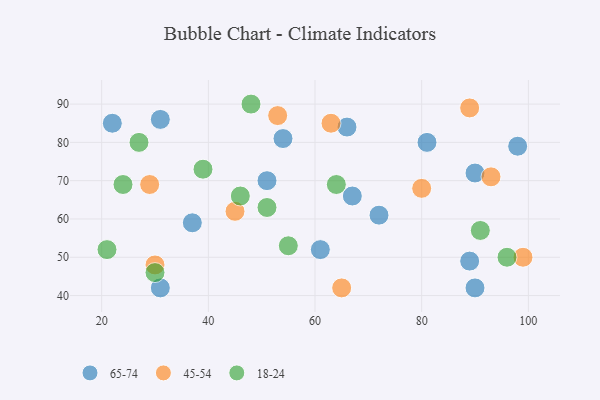
{"axis": {"x": "GDP", "y": "Life Expectancy"}, "legend": ["18-24", "45-54", "65-74"], "data": [{"x": "51", "y": 70, "type": "65-74"}, {"x": "31", "y": 86, "type": "65-74"}, {"x": "90", "y": 42, "type": "65-74"}, {"x": "61", "y": 52, "type": "65-74"}, {"x": "54", "y": 81, "type": "65-74"}, {"x": "31", "y": 42, "type": "65-74"}, {"x": "66", "y": 84, "type": "65-74"}, {"x": "72", "y": 61, "type": "65-74"}, {"x": "89", "y": 49, "type": "65-74"}, {"x": "22", "y": 85, "type": "65-74"}, {"x": "90", "y": 72, "type": "65-74"}, {"x": "67", "y": 66, "type": "65-74"}, {"x": "81", "y": 80, "type": "65-74"}, {"x": "37", "y": 59, "type": "65-74"}, {"x": "98", "y": 79, "type": "65-74"}, {"x": "89", "y": 89, "type": "45-54"}, {"x": "29", "y": 69, "type": "45-54"}, {"x": "99", "y": 50, "type": "45-54"}, {"x": "45", "y": 62, "type": "45-54"}, {"x": "65", "y": 42, "type": "45-54"}, {"x": "80", "y": 68, "type": "45-54"}, {"x": "63", "y": 85, "type": "45-54"}, {"x": "30", "y": 48, "type": "45-54"}, {"x": "93", "y": 71, "type": "45-54"}, {"x": "53", "y": 87, "type": "45-54"}, {"x": "24", "y": 69, "type": "18-24"}, {"x": "55", "y": 53, "type": "18-24"}, {"x": "46", "y": 66, "type": "18-24"}, {"x": "27", "y": 80, "type": "18-24"}, {"x": "30", "y": 46, "type": "18-24"}, {"x": "39", "y": 73, "type": "18-24"}, {"x": "91", "y": 57, "type": "18-24"}, {"x": "64", "y": 69, "type": "18-24"}, {"x": "48", "y": 90, "type": "18-24"}, {"x": "96", "y": 50, "type": "18-24"}, {"x": "21", "y": 52, "type": "18-24"}, {"x": "51", "y": 63, "type": "18-24"}]}